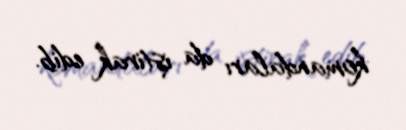
komandaları da iştirak edib.